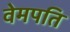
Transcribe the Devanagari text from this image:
वेमपति